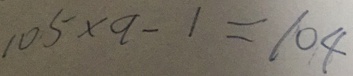
1 0 5 \times a - 1 = 1 0 4